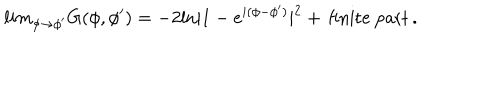
l i m _ { \phi \to \phi ^ { \prime } } G ( \phi , \phi ^ { \prime } ) = - 2 \mathrm { l n } | 1 - e ^ { i ( \phi - \phi ^ { \prime } ) } | ^ { 2 } + \, \mathrm { f i n i t e ~ p a r t } \, .